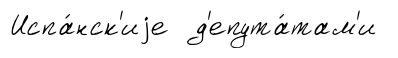
Испа́нск'иjе д'епута́там'и